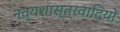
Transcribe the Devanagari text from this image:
नव्यशास्त्रवादियों